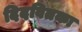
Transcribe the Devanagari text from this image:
दिदवितका